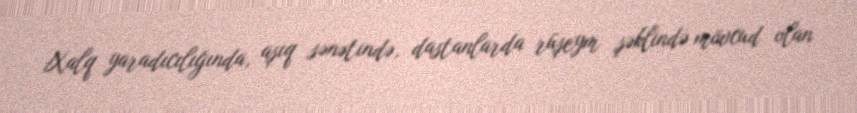
Xalq yaradıcılığında, aşıq sənətində, dastanlarda rüşeym şəklində mövcud olan